Annual report of lunatic asylums [Bombay] - 1912-1922
Year: 1912
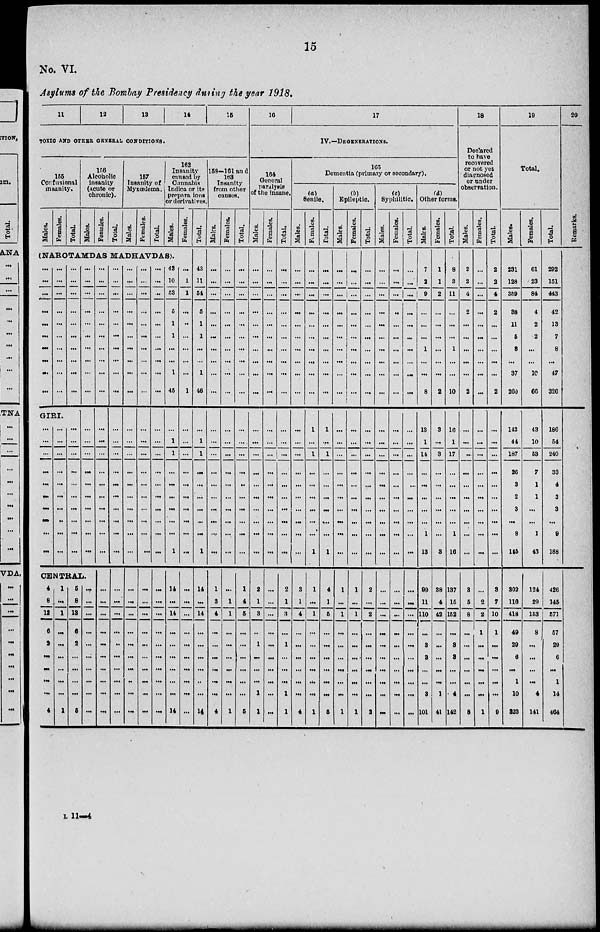
15
No. VI.
Asylums of the Bombay Presidency during the year 1918.
11
12
13
14
15
TOXIC AND OTHER GENERAL CONDITIONS.
155
Confusional
insanity.
Males.
Females.
Total.
156
Alcoholic
insanity
(acute or
chronic).
Males.
Females.
Total.
157
Insanity of
Myxœdema.
Males.
Females.
Total.
162
Insanity
caused by
Cannabis
Indica or its
preparaions
or derivatives.
Males.
Females.
(NAROTAMDAS MADHAVDAS).
...
...
...
...
...
...
...
...
...
...
...
...
...
...
...
...
...
...
...
...
...
...
...
...
...
...
...
...
...
...
GIRI.
...
...
...
...
...
...
...
...
...
...
...
...
...
...
...
...
...
...
...
...
...
...
...
...
...
...
...
...
...
...
...
...
...
...
...
...
...
...
...
...
...
...
...
...
...
...
...
...
...
...
CENTRAL.
4
8
12
6
2
...
...
...
...
4
1
...
1
...
...
...
...
...
...
1
5
8
13
6
2
...
...
...
...
5
...
...
...
...
...
...
...
...
...
...
...
...
...
...
...
...
...
...
...
...
...
...
...
...
...
...
...
...
...
...
...
...
...
...
...
...
...
...
...
...
...
...
...
...
...
...
...
...
...
...
...
...
...
...
...
...
...
...
...
...
...
...
...
...
...
...
...
...
...
...
...
...
...
...
...
...
...
...
...
...
...
...
...
...
...
...
...
...
...
...
...
...
...
...
...
...
...
...
...
...
...
...
...
...
...
...
...
...
...
...
...
...
...
...
...
...
...
...
...
...
...
...
...
...
...
...
...
...
...
...
...
...
...
...
...
...
...
...
...
...
...
...
...
...
...
...
...
...
...
...
...
...
...
...
...
...
...
...
...
...
43
10
53
5
1
1
...
...
1
45
...
1
1
...
...
...
...
...
...
1
14
...
14
...
...
...
...
...
...
14
...
1
1
...
...
...
...
...
...
1
...
...
...
...
...
...
...
...
...
...
...
...
...
...
...
...
...
...
...
...
Total.
43
11
54
5
1
1
...
...
1
46
...
1
1
...
...
...
...
...
...
1
14
...
14
...
...
...
...
..
...
14
158-161 and
163
Insanity
from other
causes.
Males.
...
...
...
...
...
...
...
...
...
...
...
...
...
...
...
...
...
...
...
...
1
3
4
...
...
...
...
...
...
4
Females.
...
...
...
...
...
...
...
...
...
...
...
...
...
...
...
...
...
...
...
...
...
1
1
...
...
...
...
...
...
1
Total.
...
...
...
...
...
...
...
...
...
...
...
...
...
...
..
...
...
...
...
...
1
4
5
...
...
...
...
...
...
5
16
17
IV.—DEGENERATIONS.
164
General
paralysis
of the insane.
Males.
...
...
...
...
...
...
...
...
...
...
...
...
...
...
...
...
...
...
...
...
2
1
3
...
1
...
...
...
1
1
Females.
...
...
...
...
...
...
...
...
...
...
...
...
...
...
...
...
...
...
...
...
...
...
...
...
...
...
...
...
...
...
Total.
...
...
...
...
...
...
...
...
...
...
...
...
...
...
...
...
...
...
...
...
2
1
3
...
1
...
...
...
1
1
165
Dementia (primary or secondary).
(a)
Senile.
Males.
...
...
...
...
...
...
...
...
...
...
...
...
...
...
...
...
...
...
...
3
1
4
...
...
...
...
...
...
4
Females.
...
...
...
...
...
...
...
...
...
...
1
...
1
...
...
...
...
...
...
1
1
...
1
...
...
...
...
...
...
1
Total.
...
...
...
...
...
...
...
...
...
...
1
...
1
...
...
...
...
...
...
1
4
1
5
...
...
...
...
...
...
5
(b)
Epileptic.
Males.
...
...
...
...
...
...
...
...
...
...
...
...
...
...
...
...
...
...
...
...
1
...
1
...
...
...
...
...
...
1
Females.
...
...
...
...
...
...
...
...
...
...
...
...
...
...
...
...
...
...
...
...
1
...
1
...
...
...
...
...
...
1
Total.
...
...
...
...
...
...
...
...
...
...
...
...
...
...
...
...
...
...
...
...
2
...
2
...
...
...
...
...
...
2
(c)
Syphilitic.
Males.
...
...
...
...
...
...
...
...
...
...
...
...
...
...
...
...
...
...
...
...
...
...
...
...
...
...
...
...
...
...
Females.
...
...
...
...
...
...
...
...
...
...
...
...
...
...
...
...
...
...
...
...
...
...
...
...
...
...
...
...
...
...
Total.
...
...
...
...
...
...
...
...
...
...
...
...
...
...
...
...
...
...
...
...
...
...
...
...
...
...
...
...
...
...
(d)
Other forms.
Males.
7
2
9
...
...
...
1
...
...
8
13
1
14
...
...
...
...
...
1
13
99
11
110
...
3
3
...
...
3
101
Females.
1
1
2
...
...
...
...
...
...
2
3
...
3
...
...
...
...
...
...
3
38
4
42
...
...
...
...
...
1
41
Total.
8
3
11
...
...
...
1
...
...
10
16
1
17
...
...
...
...
...
1
16
137
15
152
...
3
3
...
...
4
142
18
Declared
to have
recovered
or not yet
diagnosed
or under
observation.
Males.
2
2
4
2
...
...
...
...
...
2
...
...
...
...
...
...
...
...
...
...
3
5
8
...
...
...
...
...
...
8
Females.
...
...
...
...
...
...
...
...
...
...
...
...
...
...
...
...
...
...
...
...
...
2
2
1
...
...
...
...
...
1
Total.
2
2
4
2
...
...
...
...
...
2
...
...
...
...
...
...
...
...
...
...
3
7
10
1
...
...
...
...
...
9
19
Total.
Males.
231
128
359
38
11
5
8
...
37
260
143
44
187
26
3
2
3
...
8
145
302
110
418
49
29
6
...
1
10
323
Females.
61
23
84
4
2
2
...
...
10
66
43
10
53
7
1
1
...
...
1
43
124
29
153
8
...
...
...
...
4
141
Total.
292
151
443
42
13
7
8
...
47
326
186
54
240
33
4
3
3
...
9
188
426
145
571
57
29
6
...
1
14
464
20
Remarks.
L 11—4